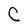
Character: C